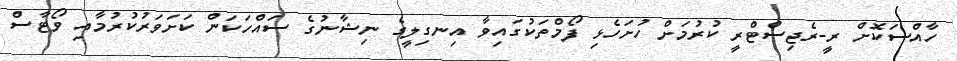
ހާއްސަކޮށް ރީ-ރެޖިސްޓްރީ ކުރުމަށް ހުށަހެޅި ފޯމްތަކުގައިވާ އިނގިލީގެ ނިޝާނުގެ ސައްހަކަން ކަށަވަރުކުރުމާއި ވޯޓާސް